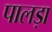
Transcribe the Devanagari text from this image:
पालड़ा